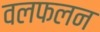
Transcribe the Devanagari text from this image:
वलफलन